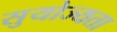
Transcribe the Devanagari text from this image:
सुयोज्यता